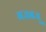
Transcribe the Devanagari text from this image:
गजबजू